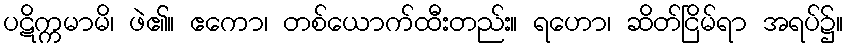
ပဋိက္ကမာမိ၊ ဖဲ၏။ ဧကော၊ တစ်ယောက်ထီးတည်း။ ရဟော၊ ဆိတ်ငြိမ်ရာ အရပ်၌။